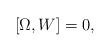
LaTeX: \begin{align*}[ \Omega, W ] = 0, \end{align*}